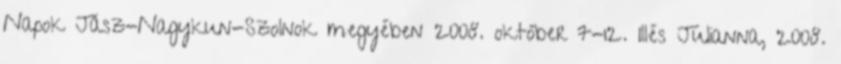
Napok Jász-Nagykun-Szolnok megyében 2008. október 7-12. Illés Julianna, 2008.